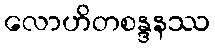
လောဟိတစန္ဒနဿ